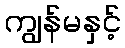
ကျွန်မနှင့်